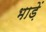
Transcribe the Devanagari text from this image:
भाड़ें